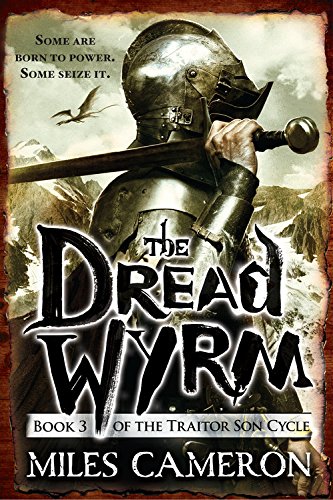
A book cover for The Dread Wyrm (Traitor Son Cycle); Miles Cameron; Science Fiction & Fantasy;